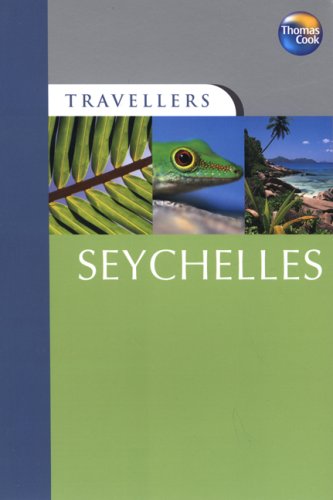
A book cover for Travellers Seychelles, 2nd (Travellers - Thomas Cook); Thomas Cook Publishing; Travel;